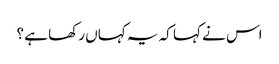
اس نے کہا کہ یہ کہاں رکھا ہے ؟